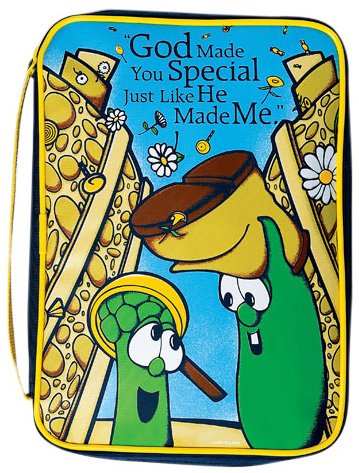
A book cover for Flibber-O-Loo Bible Cover: Medium; Christian Books & Bibles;